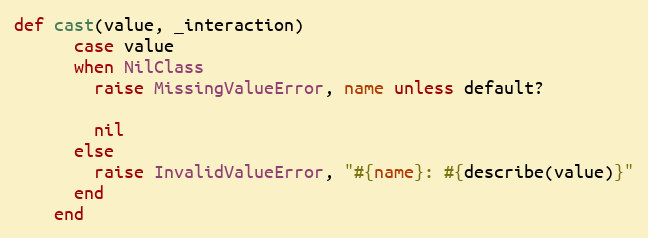
Language: Ruby
def cast(value, _interaction)
      case value
      when NilClass
        raise MissingValueError, name unless default?

        nil
      else
        raise InvalidValueError, "#{name}: #{describe(value)}"
      end
    end